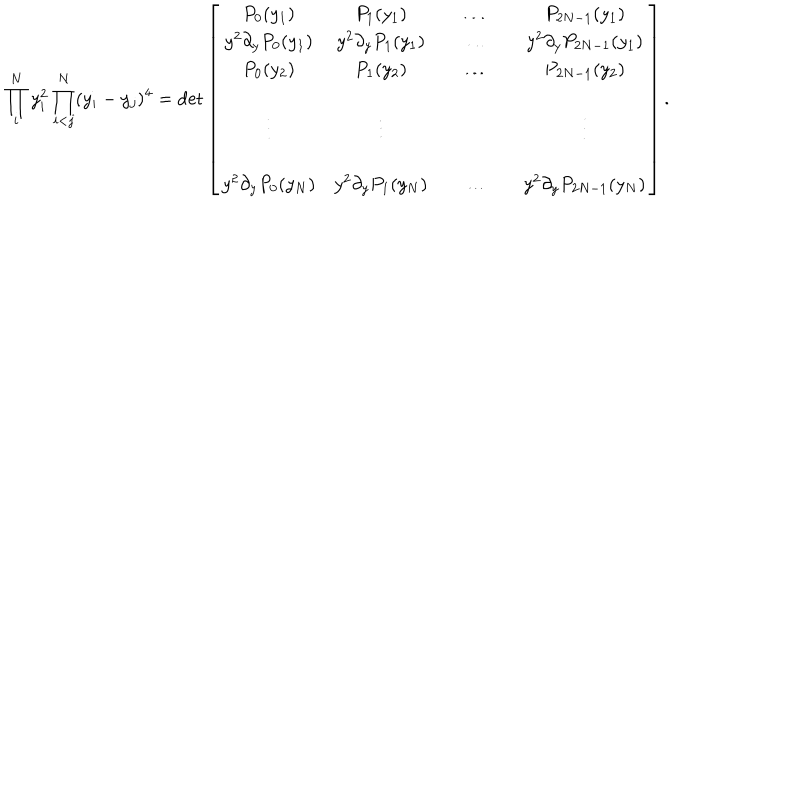
\prod _ { i } ^ { N } y _ { i } ^ { 2 } \prod _ { i < j } ^ { N } ( y _ { i } - y _ { j } ) ^ { 4 } = \det \left[ \begin{array} { c c c c c c } { { P _ { 0 } ( y _ { 1 } ) } } & { { P _ { 1 } ( y _ { 1 } ) } } & { { } } & { { \ldots } } & { { } } & { { P _ { 2 N - 1 } ( y _ { 1 } ) } } \\ { { y ^ { 2 } \partial _ { y } P _ { 0 } ( y _ { 1 } ) } } & { { y ^ { 2 } \partial _ { y } P _ { 1 } ( y _ { 1 } ) } } & { { } } & { { \ldots } } & { { } } & { { y ^ { 2 } \partial _ { y } P _ { 2 N - 1 } ( y _ { 1 } ) } } \\ { { P _ { 0 } ( y _ { 2 } ) } } & { { P _ { 1 } ( y _ { 2 } ) } } & { { } } & { { \ldots } } & { { } } & { { P _ { 2 N - 1 } ( y _ { 2 } ) } } \\ { { } } & { { } } & { { } } & { { } } & { { } } & { { } } \\ { { \vdots } } & { { \vdots } } & { { } } & { { } } & { { } } & { { \vdots } } \\ { { } } & { { } } & { { } } & { { } } & { { } } & { { } } \\ { { y ^ { 2 } \partial _ { y } P _ { 0 } ( y _ { N } ) } } & { { y ^ { 2 } \partial _ { y } P _ { 1 } ( y _ { N } ) } } & { { } } & { { \ldots } } & { { } } & { { y ^ { 2 } \partial _ { y } P _ { 2 N - 1 } ( y _ { N } ) } } \\ \end{array} \right] .